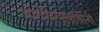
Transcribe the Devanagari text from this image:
शांतलिंगस्वामींनी